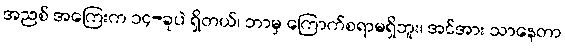
အညစ် အကြေးက ၁၄-ခုပဲ ရှိတယ်၊ ဘာမှ ကြောက်စရာမရှိဘူး၊ အင်အား သာနေတာ